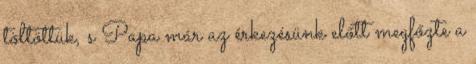
töltöttük, s Papa már az érkezésünk előtt megfőzte a